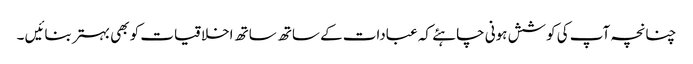
چنانچہ آپ کی کوشش ہونی چاہئے کہ عبادات کے ساتھ ساتھ اخلاقیات کو بھی بہتر بنائیں ۔